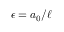
\epsilon = { a _ { 0 } } / { \ell }